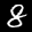
Label: 8